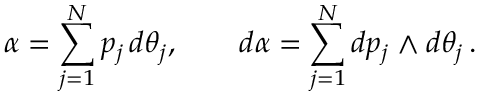
\alpha = \sum _ { j = 1 } ^ { N } p _ { j } \, d \theta _ { j } , \qquad d \alpha = \sum _ { j = 1 } ^ { N } d p _ { j } \wedge d \theta _ { j } \, .